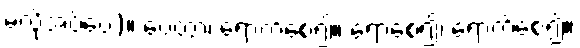
မလိုအပ်ပေ)။ ပေတွာ၊ ရောက်စေ၍။ ရောစေ၍၊ ရောက်စေ၍။